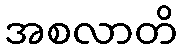
အစလာတိ